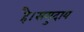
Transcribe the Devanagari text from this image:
है।समुदाय